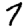
Digit: 7